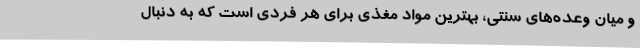
و میان وعده‌های سنتی، بهترین مواد مغذی برای هر فردی است که به دنبال